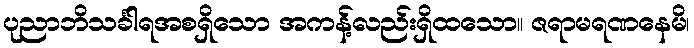
ပုညာဘိသင်္ခါရအစရှိသော အကန့်လည်းရှိထသော။ ဇရာမရဏနေမိ၊